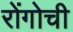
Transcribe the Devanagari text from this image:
रोंगोची